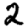
Digit: 2